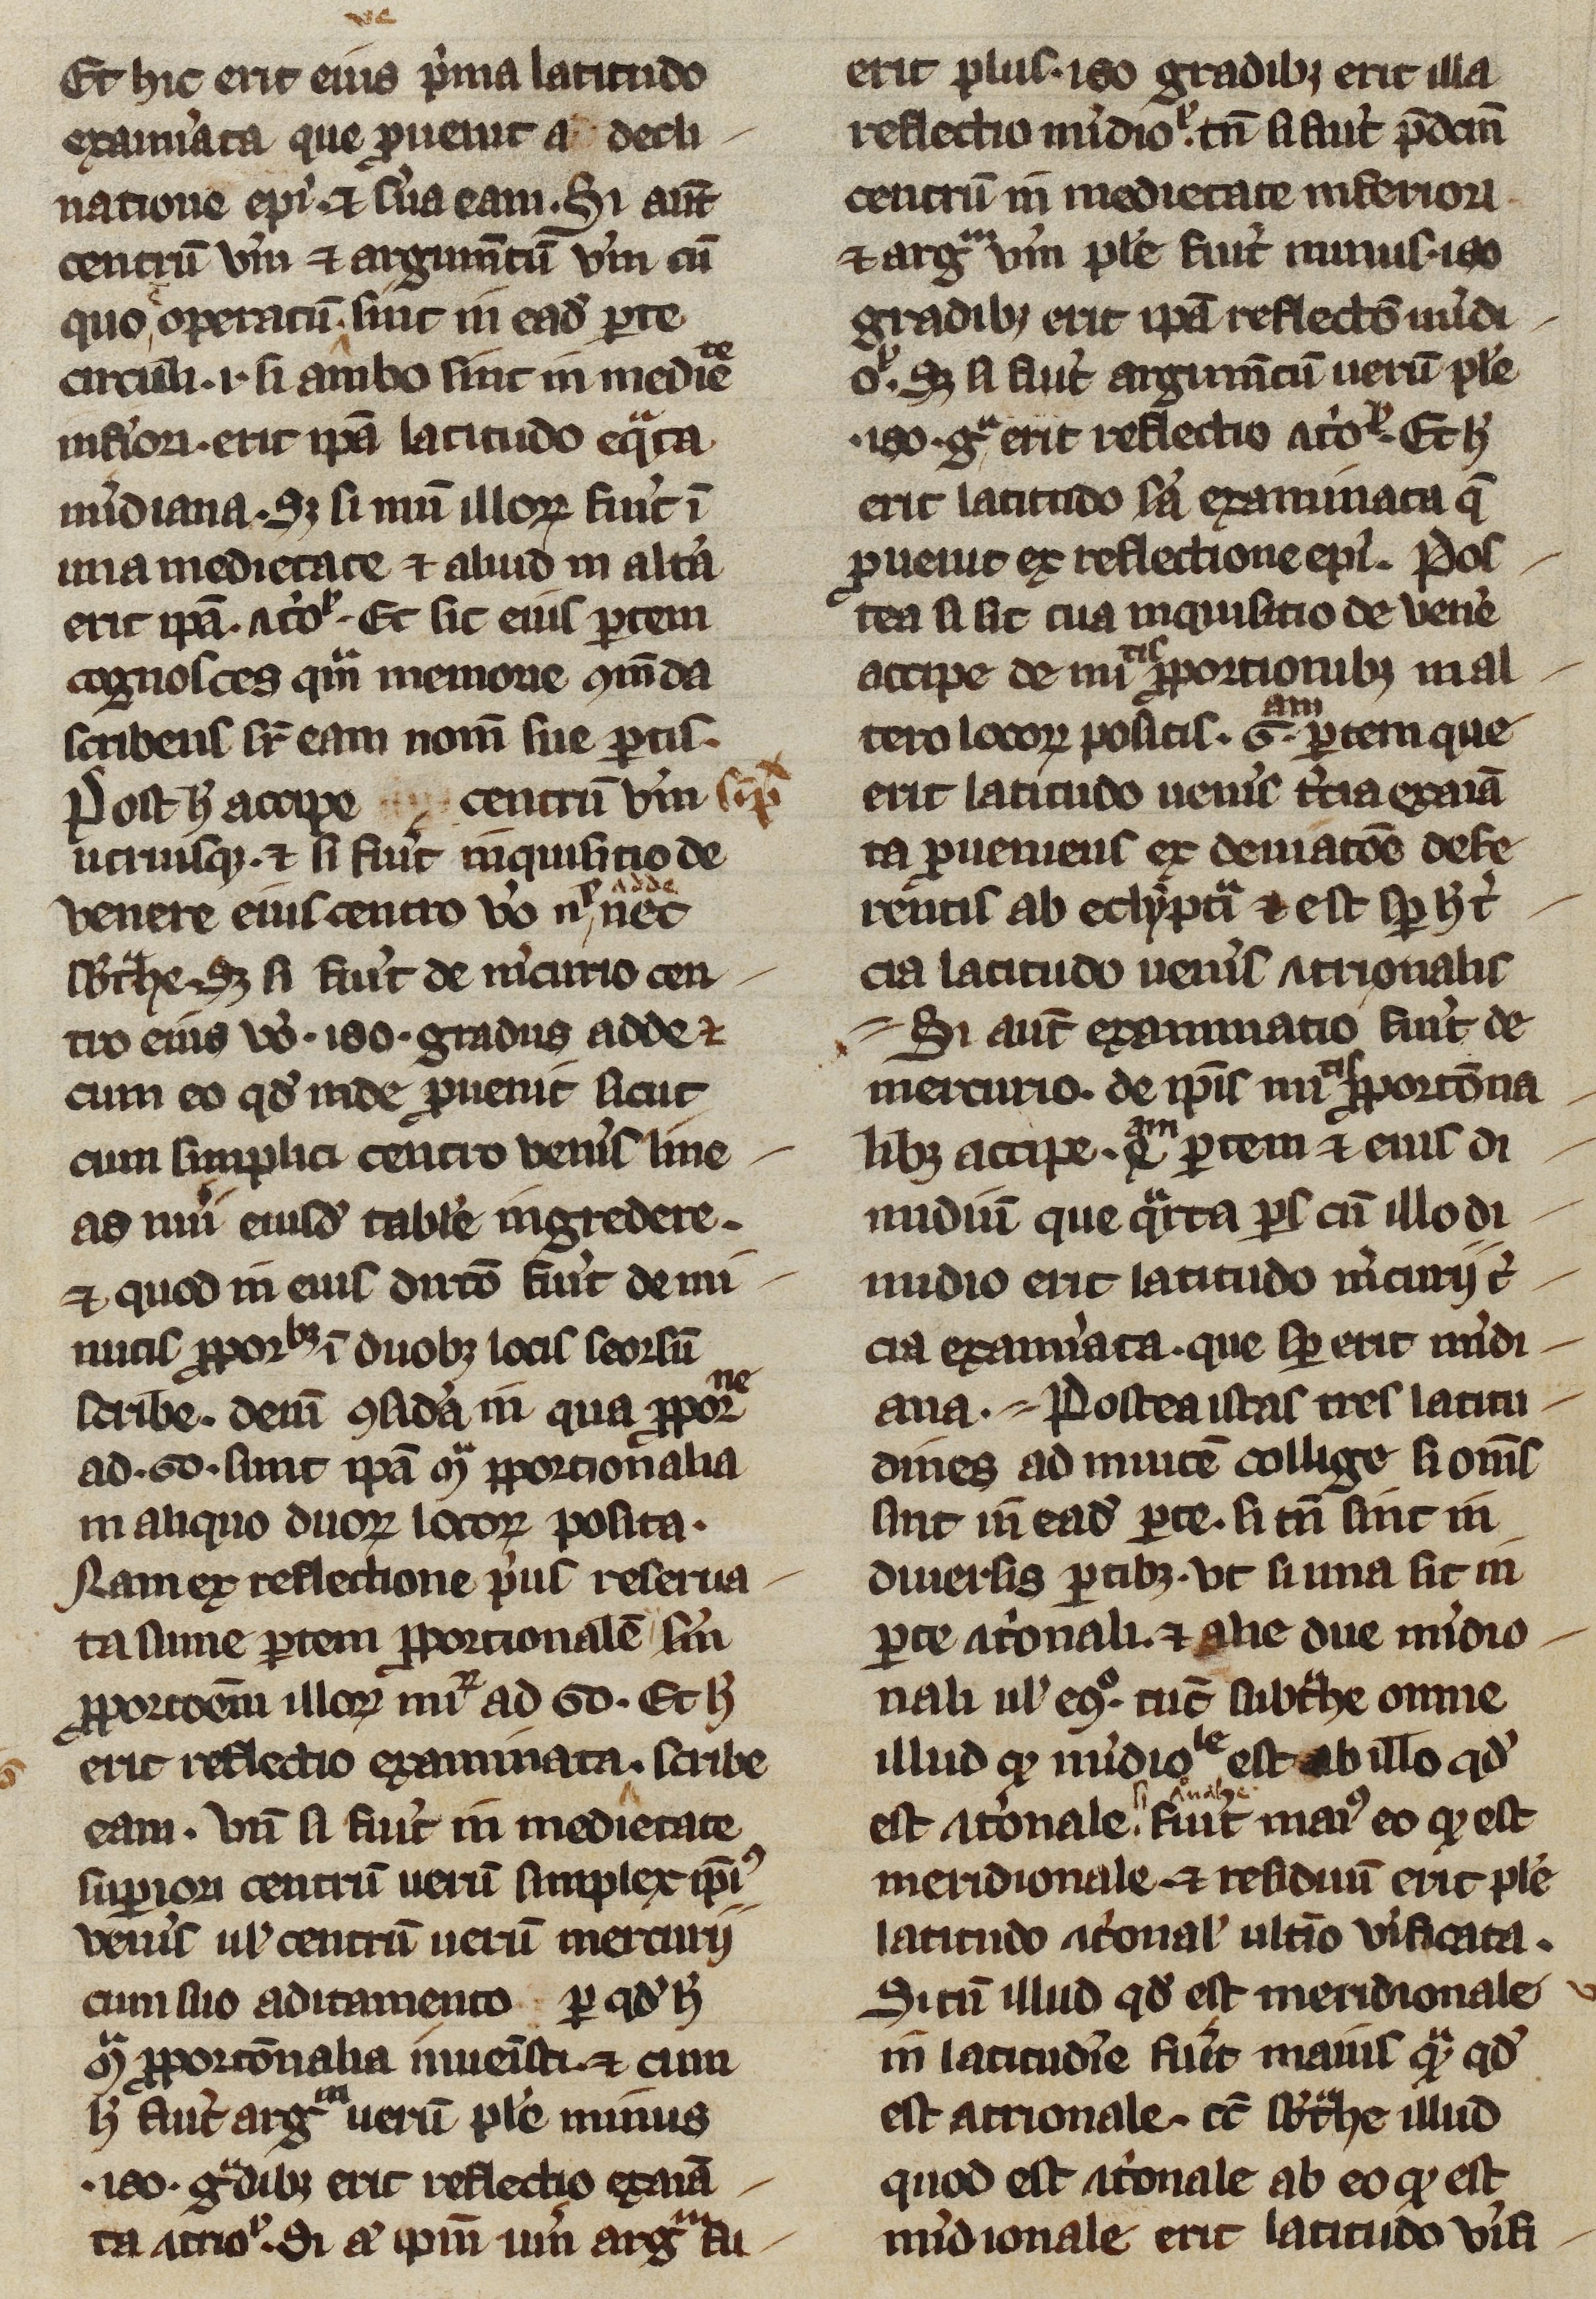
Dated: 1200–1399